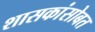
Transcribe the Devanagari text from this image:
शासकांसोबत